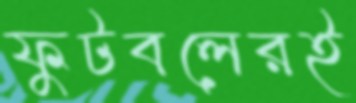
ফুটবলেরই